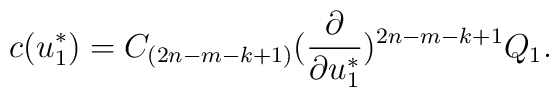
c(u^*_1)=C_{(2n-m-k+1)}({\partial\over\partial u^*_1})^{2n-m-k+1}Q_1.